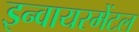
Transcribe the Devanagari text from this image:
इन्वायरमेंटल